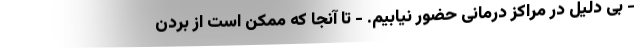
- بی دلیل در مراکز درمانی حضور نیابیم. - تا آنجا که ممکن است از بردن